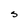
Character: S